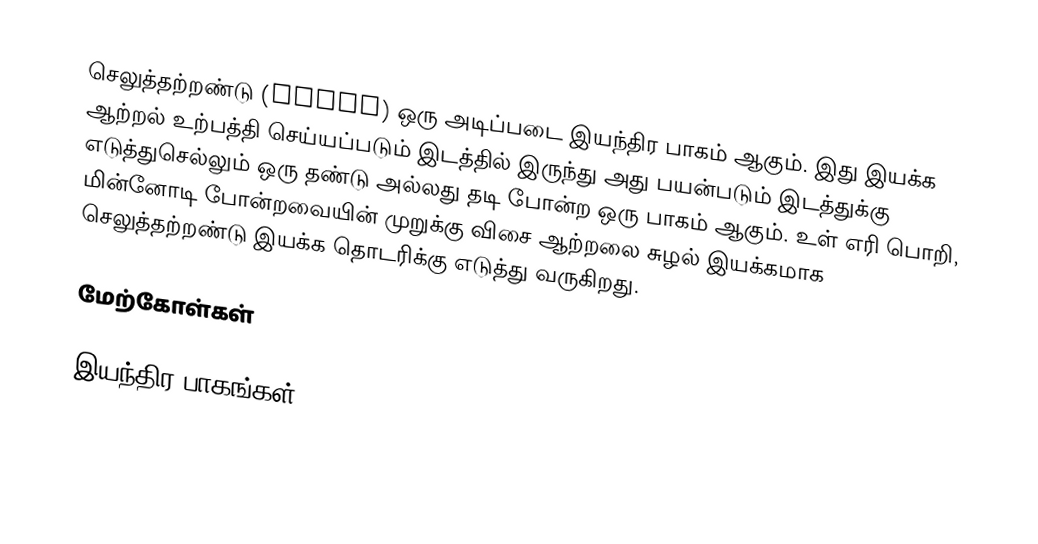
செலுத்தற்றண்டு (Shaft) ஒரு அடிப்படை இயந்திர பாகம் ஆகும்.  இது இயக்க ஆற்றல் உற்பத்தி செய்யப்படும் இடத்தில் இருந்து அது பயன்படும் இடத்துக்கு எடுத்துசெல்லும் ஒரு தண்டு அல்லது தடி போன்ற ஒரு பாகம் ஆகும்.  உள் எரி பொறி,  மின்னோடி போன்றவையின் முறுக்கு விசை ஆற்றலை சுழல் இயக்கமாக செலுத்தற்றண்டு இயக்க தொடரிக்கு எடுத்து வருகிறது.

மேற்கோள்கள்

இயந்திர பாகங்கள்